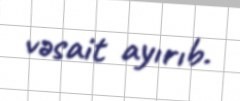
vəsait ayırıb.